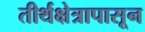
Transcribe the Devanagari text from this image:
तीर्थक्षेत्रापासून